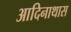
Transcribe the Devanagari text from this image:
आदिनाथास